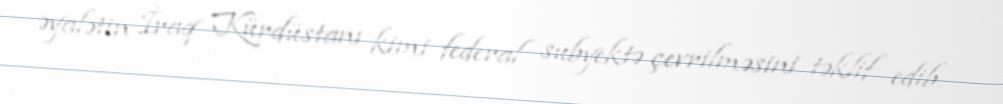
əyalətin İraq Kürdüstanı kimi federal subyektə çevrilməsini təklif edib.